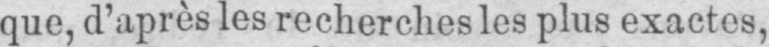
que, d’après les recherches les plus exactes,